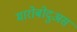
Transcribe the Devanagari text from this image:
मारोबोदुअस